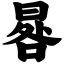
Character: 晷